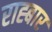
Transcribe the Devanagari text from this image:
राह्बार